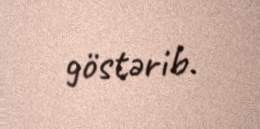
göstərib.